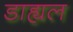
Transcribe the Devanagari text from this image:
डाह्यल